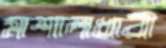
মশালধারী